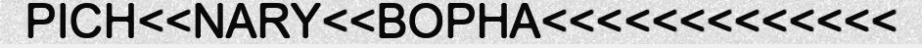
PICH<<NARY<<BOPHA<<<<<<<<<<<<<